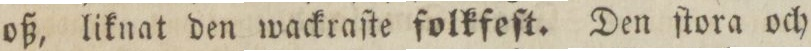
oß, liknat den wackraſte folkfeſt. Den ſtora och